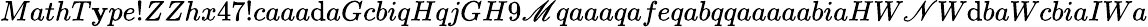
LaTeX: MathT\mathbf{y}pe!ZZhx47!caaa\mathrm{d}aGcbiqHqjGH9\mathscr{M}qaaaqafeqabqqaaaaabiaHW\mathscr{N}W\mathrm{d}baWcbiaIWa